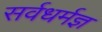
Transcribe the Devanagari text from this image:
सर्वधर्मज्ञ